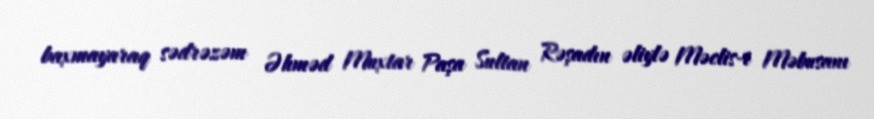
baxmayaraq sədrəzəm Əhməd Muxtar Paşa Sultan Rəşadın əliylə Məclis-i Məbusanı